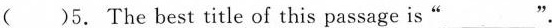
( )5. The best title of this passage is“___".